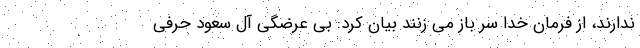
ندارند، از فرمان خدا سر باز می زنند بیان کرد: بی عرضگی آل سعود حرفی